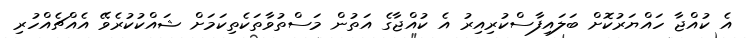
އެ ކުއްޖާ ހައްޔަރުކޮށް ބަލައިފާސްކުރިއިރު އެ ކުއްޖާގެ އަތުން މަސްތުވާތަކެތިކަމަށް ޝައްކުކުރެވޭ އެއްޗެއްހުރި